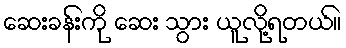
ဆေးခန်းကို ဆေး သွား ယူလို့ရတယ်။